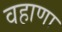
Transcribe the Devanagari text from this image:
वहाणा